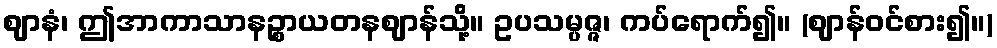
ဈာနံ၊ ဤအာကာသာနဉ္စာယတနဈာန်သို့။ ဥပသမ္ပဇ္ဇ၊ ကပ်ရောက်၍။ (ဈာန်ဝင်စား၍။)